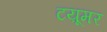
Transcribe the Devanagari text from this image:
टय़ूमर